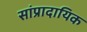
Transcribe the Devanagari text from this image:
सांप्रादायिक